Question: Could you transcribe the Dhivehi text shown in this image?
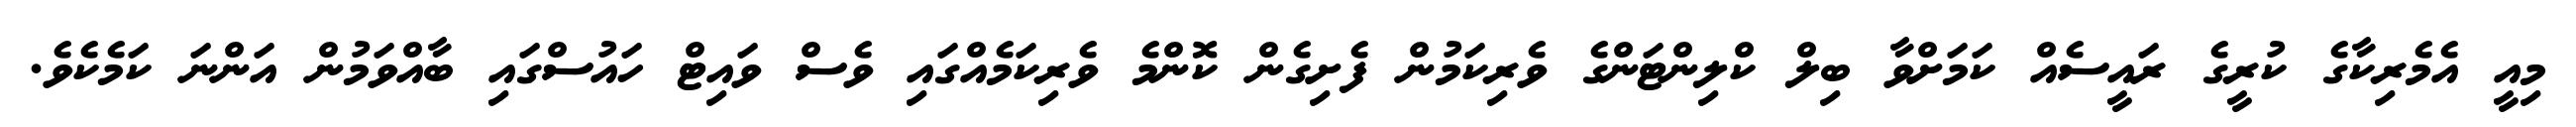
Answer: މިއީ އެމެރިކާގެ ކުރީގެ ރައީސެއް ކަމަށްވާ ބިލް ކްލިންޓަންގެ ވެރިކަމުން ފެށިގެން ކޮންމެ ވެރިކަމެއްގައި ވެސް ވައިޓް ހައުސްގައި ބާއްވަމުން އަންނަ ކަމެކެވެ.